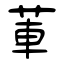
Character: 莗